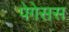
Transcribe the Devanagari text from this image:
पेगेसस